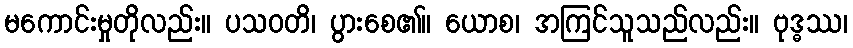
မကောင်းမှုတိုလည်း။ ပသဝတိ၊ ပွားစေ၏။ ယောစ၊ အကြင်သူသည်လည်း။ ဗုဒ္ဓဿ၊